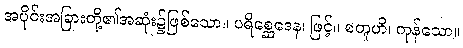
အပိုင်းအခြားတို့၏အဆုံး၌ဖြစ်သော။ ပရိစ္ဆေဒေန၊ ဖြင့်။ စတူဟိ၊ ကုန်သော။